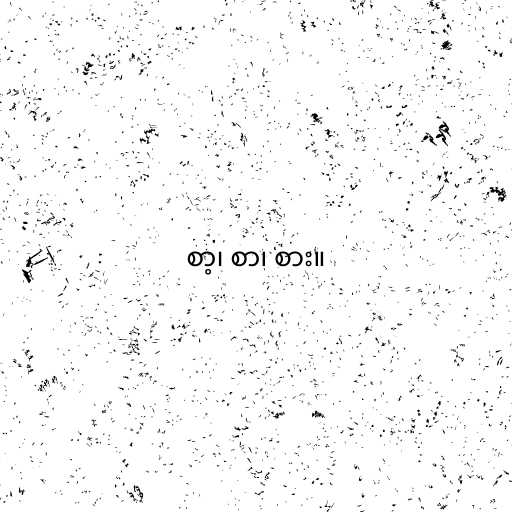
စာ့၊ စာ၊ စား။